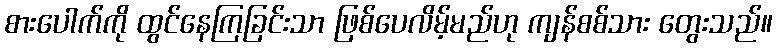
စားပေါက်ကို ထွင်နေကြခြင်းသာ ဖြစ်ပေလိမ့်မည်ဟု ကျန်စစ်သား တွေးသည်။